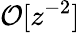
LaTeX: \mathcal{O}[z^{-2}]